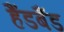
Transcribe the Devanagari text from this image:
हैंडबैंड